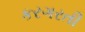
કરગરતી